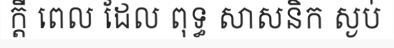
ក្តី ពេល ដែល ពុទ្ធ សាសនិក ស្ងប់